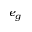
e _ { g }